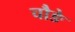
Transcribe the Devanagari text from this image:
चौङे